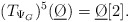
\begin{align*}(T_{\Psi_G})^5(\underline{\O}) = \underline{\O}[2].\end{align*}